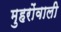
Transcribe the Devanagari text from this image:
मुहरोंवाली